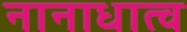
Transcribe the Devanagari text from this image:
नानाधात्व